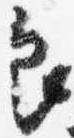
良